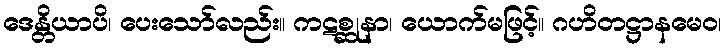
ဒေန္တိယာပိ၊ ပေးသော်လည်း။ ကဋစ္ဆုနာ၊ ယောက်မဖြင့်။ ဂဟိတဋ္ဌာနမေဝ၊